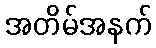
အတိမ်အနက်